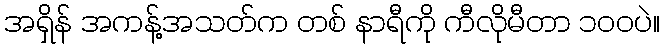
အရှိန် အကန့်အသတ်က တစ် နာရီကို ကီလိုမီတာ ၁၀၀ပဲ။